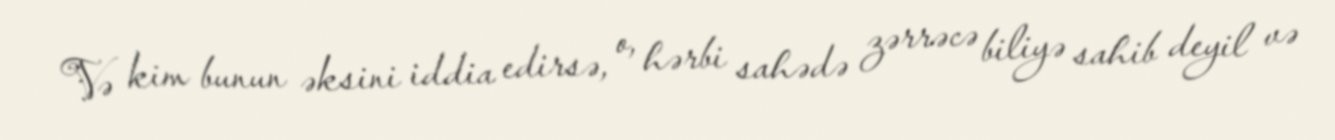
Və kim bunun əksini iddia edirsə, o, hərbi sahədə zərrəcə biliyə sahib deyil və